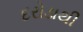
દરોડાથી